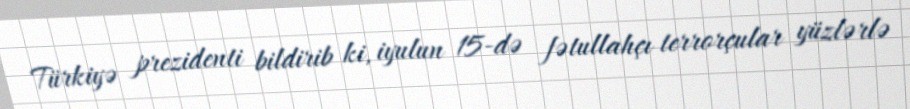
Türkiyə prezidenti bildirib ki, iyulun 15-də fətullahçı terrorçular yüzlərlə